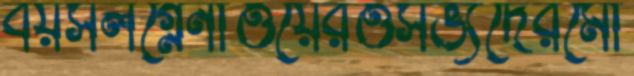
বয়সলগ্নেনাওয়েরওসভ্যদেরমো